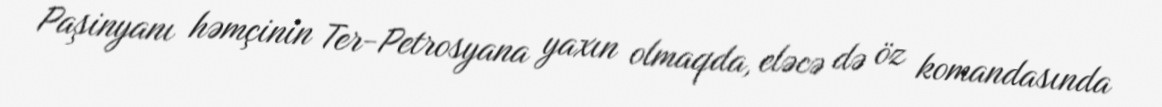
Paşinyanı həmçinin Ter-Petrosyana yaxın olmaqda, eləcə də öz komandasında